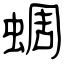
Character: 蜩